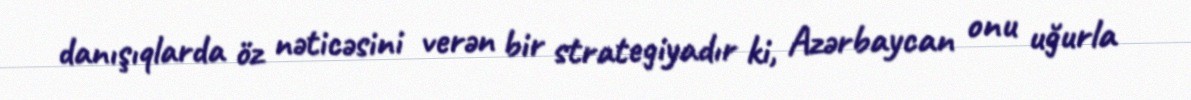
danışıqlarda öz nəticəsini verən bir strategiyadır ki, Azərbaycan onu uğurla